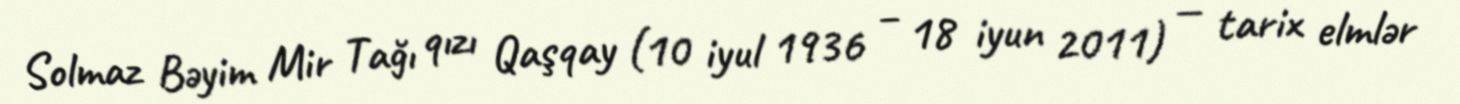
Solmaz Bəyim Mir Tağı qızı Qaşqay (10 iyul 1936 – 18 iyun 2011) — tarix elmlər